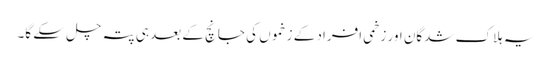
یہ ہلاک شدگان اور زخمی افراد کے زخموں کی جانچ کے بعد ہی پتہ چل سکے گا۔